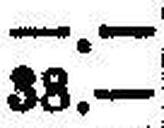
38.—